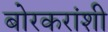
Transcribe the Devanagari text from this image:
बोरकरांशी